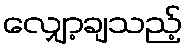
လျှော့ချသည့်